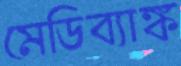
মেডিব্যাঙ্ক